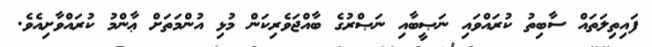
ފައިތިލަތައް ސާބިތު ކުރައްވައި ނަޞީބާއި ނަޞްރުގެ ބާއްޖަވެރިކަން މުޅި އުންމަތަށް ޢާންމު ކުރައްވާށިއެވެ.